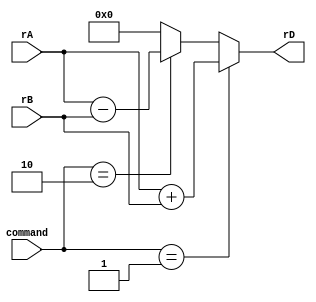
`define C_ST_fetch   2'b00
`define C_ST_decode  2'b01
`define C_ST_exec    2'b10
`define C_ST_write   2'b11

`define OP_li       6'd0
`define OP_mr       6'd1
`define OP_addi     6'd2
`define OP_add      6'd3
`define OP_sub      6'd4

`define OP_b        6'd14

`define OP_out      6'd29

`define COM_li(rD, simm16)       {`OP_li,   rD,   5'd0, simm16     }
`define COM_mr(rD, rA)           {`OP_mr,   rD,   rA,   16'd0      }
`define COM_addi(rD, rA, simm16) {`OP_addi, rD,   rA,   simm16     }
`define COM_add(rD, rA, rB)      {`OP_add,  rD,   rA,   rB,  11'd0 }
`define COM_sub(rD, rA, rB)      {`OP_sub,  rD,   rA,   rB,  11'd0 }

`define COM_b(simm26)            {`OP_b,    simm26                 }

`define COM_out(rA)              {`OP_out,  rA,   5'd0, 16'd0      }

`define A_COM_add 4'd1
`define A_COM_sub 4'd2


module alu(
  input wire [0:31] rA,
  input wire [0:31] rB,
  input wire [0:3] command,
  output wire [0:31] rD
);
  assign rD = (command == `A_COM_add) ? rA + rB
            : (command == `A_COM_sub) ? rA - rB
            : 32'd0;
endmodule

module controller(
  output reg [0:31] out_reg,
  input wire CLK,
  input wire RST
);
  reg [0:31] pc;
  reg [0:31] register [0:3];
  wire [0:31] r0;
  wire [0:31] r1;
  wire [0:31] r2;
  wire [0:31] r3;
  assign r0 = register[0];
  assign r1 = register[1];
  assign r2 = register[2];
  assign r3 = register[3];
  reg [0:1] state;

  reg [0:31] inst;
  wire [0:5] inst_op;
  wire [0:4] inst_rD;
  wire [0:4] inst_rA;
  wire [0:4] inst_rB;
  wire [0:4] inst_imm5;
  wire [0:15] inst_imm16;
  wire [0:25] inst_imm26;
  assign {inst_op, inst_rD, inst_rA, inst_rB} = inst[0:20];
  assign inst_imm5 = inst[16:20];
  assign inst_imm16 = inst[16:31];
  assign inst_imm26 = inst[6:31];


  reg [0:31] rA;
  reg [0:31] rB;
  wire [0:31] rD;
  reg [0:3] command;
  alu int_alu(rA, rB, command, rD);
  reg [0:4] save_reg;

  function [0:31] romdata;
    input [0:31] address;

    localparam [0:4] _r0 = 5'd0;
    localparam [0:4] _r1 = 5'd1;
    localparam [0:4] _r2 = 5'd2;
    localparam [0:4] _r3 = 5'd3;

    case (address)
    32'd0: romdata = `COM_mr(_r1, _r0);
    32'd1: romdata = `COM_addi(_r1, _r1, 16'd1);
    32'd2: romdata = `COM_mr(_r2, _r0);
    32'd3: romdata = `COM_mr(_r3, _r0);

    32'd4: romdata = `COM_out(_r1);
    32'd5: romdata = `COM_mr(_r3, _r2);
    32'd6: romdata = `COM_mr(_r2, _r1);
    32'd7: romdata = `COM_add(_r1, _r2, _r3);
    32'd8: romdata = `COM_b(26'b11_111111_111111_111111_111100);
    default: romdata = 32'h0;
    endcase
  endfunction

  always @(posedge CLK) begin
    if (RST) begin
      pc <= 32'd0;
      state <= `C_ST_fetch;
      register[0] <= 32'd0;
    end else begin
      case (state)

      `C_ST_fetch: begin
        inst <= romdata(pc);
        state <= `C_ST_decode;
      end

      `C_ST_decode: begin
        case (inst_op)
        `OP_li: begin
          rA <= 32'd0;
          rB <= inst_imm16[0] ? {16'hFFFF, inst_imm16} : {16'h0, inst_imm16};
          command <= `A_COM_add;
          save_reg <= inst_rD;
        end
        `OP_add: begin
          rA <= register[inst_rA];
          rB <= register[inst_rB];
          command <= `A_COM_add;
          save_reg <= inst_rD;
        end
        `OP_addi: begin
          rA <= register[inst_rA];
          rB <= inst_imm16[0] ? {16'hFFFF, inst_imm16} : {16'h0, inst_imm16};
          command <= `A_COM_add;
          save_reg <= inst_rD;
        end
        `OP_mr: begin
          rA <= register[inst_rA];
          rB <= 32'd0;
          command <= `A_COM_add;
          save_reg <= inst_rD;
        end
        `OP_b: begin
          rA <= pc;
          rB <= inst_imm26[0] ? {6'b111111, inst_imm26} : {6'h0, inst_imm26};
          save_reg <= 5'd0;
        end
        `OP_out: begin
          rA <= register[inst_rD];
          rB <= 32'd0;
          command <= `A_COM_add;
          save_reg <= 5'd0;
        end
        endcase
        state <= `C_ST_exec;
      end


      `C_ST_exec: begin
        if (save_reg != 5'd0) register[save_reg] <= rD; // unable to write to zero register
        state <= `C_ST_write;
      end


      `C_ST_write: begin
        if (inst_op == `OP_b) pc <= rD;
        else pc <= pc + 32'd1;

        if (inst_op == `OP_out) out_reg <= rD;
        state <= `C_ST_fetch;
      end
      endcase
    end

  end
endmodule